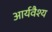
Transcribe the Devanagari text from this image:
आर्यवैश्‍य